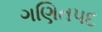
ગણિતપદ